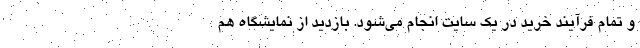
و تمام فرآیند خرید در یک سایت انجام می‌شود. بازدید از نمایشگاه هم